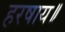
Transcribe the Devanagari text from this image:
हरषाय॥